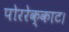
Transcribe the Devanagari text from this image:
पोररेक्काट।